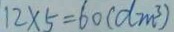
1 2 \times 5 = 6 0 ( d m ^ { 3 } )